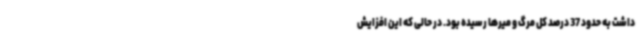
داشت به حدود 37 درصد کل مرگ و میرها رسیده بود. در حالی که این افزایش